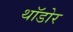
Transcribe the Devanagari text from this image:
थॉडोर